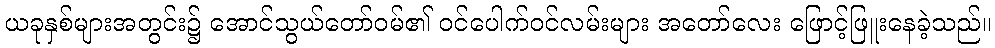
ယခုနှစ်များအတွင်း၌ အောင်သွယ်တော်ဝမ်၏ ဝင်ပေါက်ဝင်လမ်းများ အတော်လေး ဖြောင့်ဖြူးနေခဲ့သည်။